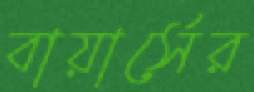
বায়ার্সের